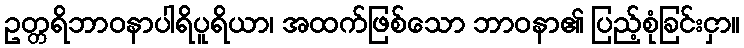
ဥတ္တရိဘာဝနာပါရိပူရိယာ၊ အထက်ဖြစ်သော ဘာဝနာ၏ ပြည့်စုံခြင်းငှာ။